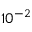
1 0 ^ { - 2 }